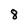
Character: 8